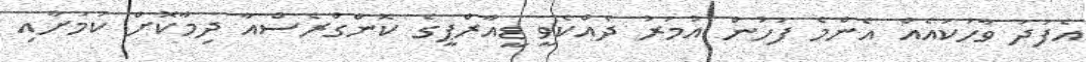
އެފަދަ ވާހަކައެއް އެންމެ ފަހުން އުމަރު ދެއްކެވީ ޑީއާރްޕީގެ ކޮންގްރެސްއާ ދިމާކޮށް ކަމަށާއި